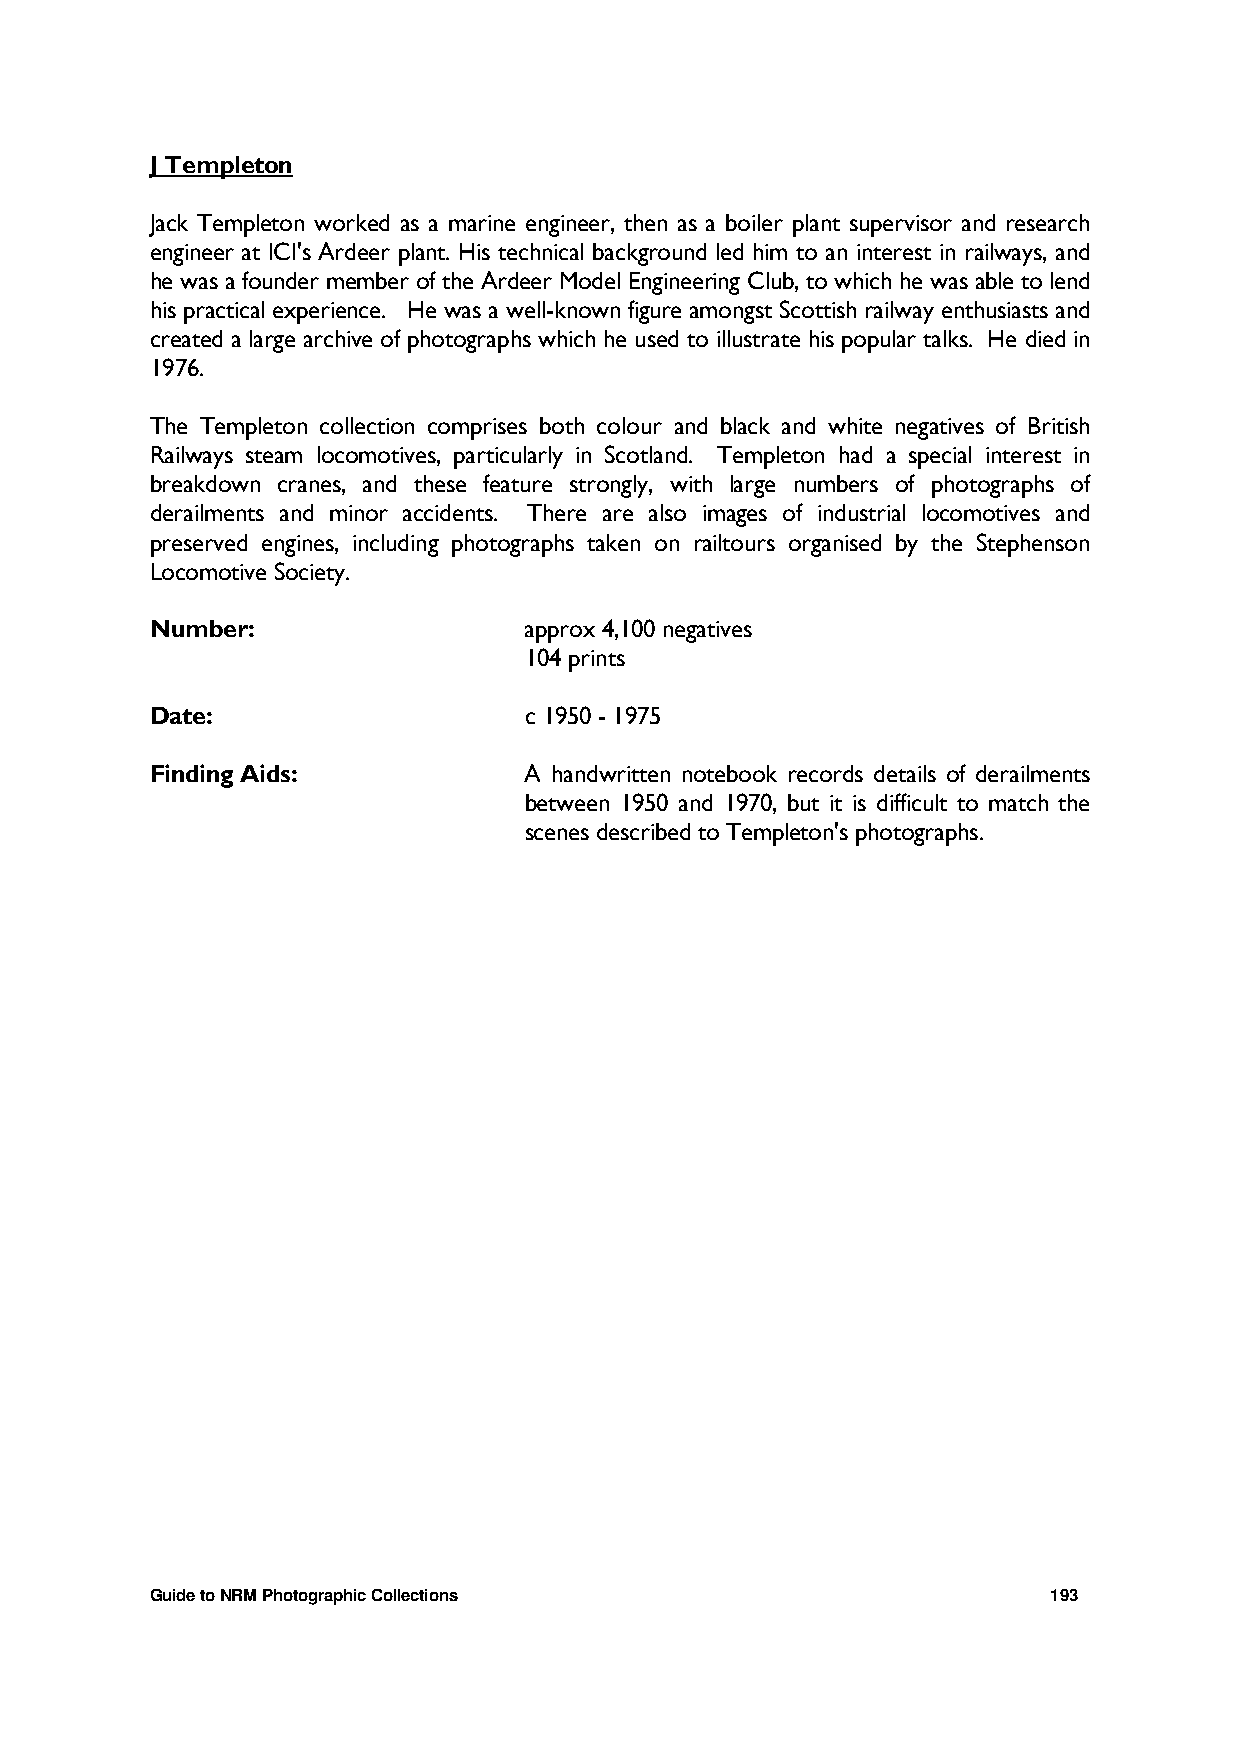
J Templeton
 Jack Templeton worked as a marine engineer, then as a boiler plant supervisor and research
 engineer at ICI's Ardeer plant. His technical background led him to an interest in railways, and
 he was a founder member of the Ardeer Model Engineering Club, to which he was able to lend
 his practical experience. He was a well-known figure amongst Scottish railway enthusiasts and
 created a large archive of photographs which he used to illustrate his popular talks. He died in
 1976.
 The Templeton collection comprises both colour and black and white negatives of British
 Railways steam locomotives, particularly in Scotland. Templeton had a special interest in
 breakdown cranes, and these feature strongly, with large numbers of photographs of
 derailments and minor accidents. There are also images of industrial locomotives and
 preserved engines, including photographs taken on railtours organised by the Stephenson
 Locomotive Society.
 Number:                  approx 4,100 negatives
 104 prints
 Date:                    c 1950 - 1975
 Finding Aids:            A handwritten notebook records details of derailments
 between 1950 and 1970, but it is difficult to match the
 scenes described to Templeton's photographs.
 Guide to NRM Photographic Collections                       193